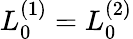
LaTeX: L_{0}^{(1)}=L_{0}^{(2)}